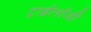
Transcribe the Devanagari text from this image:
ट्राईलॉजी